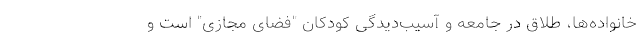
خانواده‌ها، طلاق در جامعه و آسیب‌دیدگی کودکان "فضای مجازی" است و